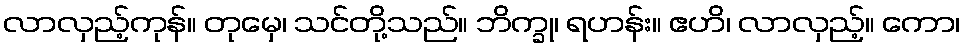
လာလှည့်ကုန်။ တုမှေ၊ သင်တို့သည်။ ဘိက္ခု၊ ရဟန်း။ ဧဟိ၊ လာလှည့်။ ကော၊